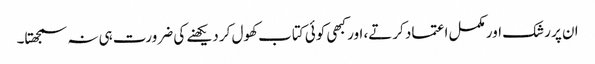
ان پر رشک اور مکمل اعتماد کرتے، اور کبھی کوئی کتاب کھول کر دیکھنے کی ضرورت ہی نہ سمجھتا۔